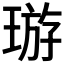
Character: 𤦽